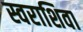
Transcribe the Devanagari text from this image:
स्वराशिवा